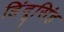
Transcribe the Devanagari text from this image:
हिंदूसिंह